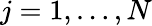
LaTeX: j=1,\ldots,N